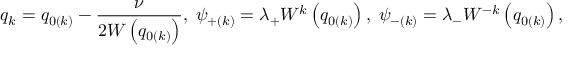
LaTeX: q _ { k } = q _ { 0 \left( k \right) } - \frac \nu { 2 W \left( q _ { 0 \left( k \right) } \right) } , \; \psi _ { + \left( k \right) } = \lambda _ { + } W ^ { k } \left( q _ { 0 \left( k \right) } \right) , \; \psi _ { - \left( k \right) } = \lambda _ { - } W ^ { - k } \left( q _ { 0 \left( k \right) } \right) ,